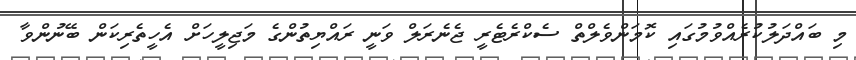
މި ބައްދަލުކުރެއްވުމުގައި ކޮމަންވެލްތް ސެކްރެޓެރީ ޖެނެރަލް ވަނީ ރައްޔިތުންގެ މަޖިލީހަށް އެހީތެރިކަން ބޭނުންވާ